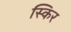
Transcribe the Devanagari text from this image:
स्किर